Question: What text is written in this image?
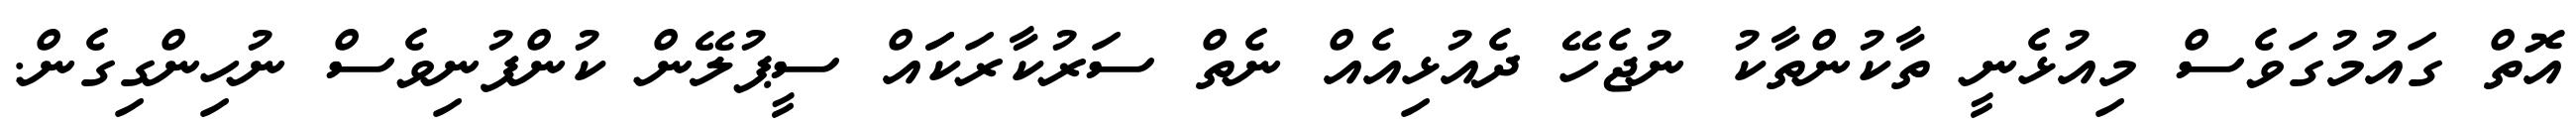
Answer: އޮތް ގައުމުގަވެސް މިއުޅެނީ ތާކުންތާކު ނުޖެހޭ ދެއުޅިއެއް ނެތް ސަރުކާރަކަައް ސީޕުލޭން ކުންފުނިވެސް ނުހިންގިގެން.